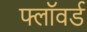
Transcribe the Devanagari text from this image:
फ्लॉवर्ड